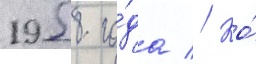
1958 го́да // Ко́